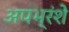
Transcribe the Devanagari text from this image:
अपभ्रंशे